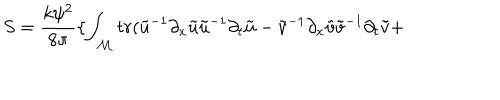
S = \frac { k \psi ^ { 2 } } { 8 \pi } \{ \int _ { \cal M } t r ( \tilde { u } ^ { - 1 } \partial _ { x } \tilde { u } \tilde { u } ^ { - 1 } \partial _ { t } \tilde { u } - \tilde { v } ^ { - 1 } \partial _ { x } \tilde { v } \tilde { v } ^ { - 1 } \partial _ { t } \tilde { v } +